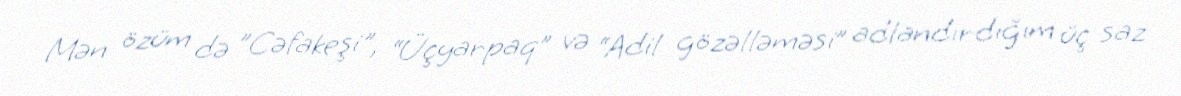
Mən özüm də ”Cəfakeşi", “Üçyarpaq” və “Adil gözəlləməsi” adlandırdığım üç saz